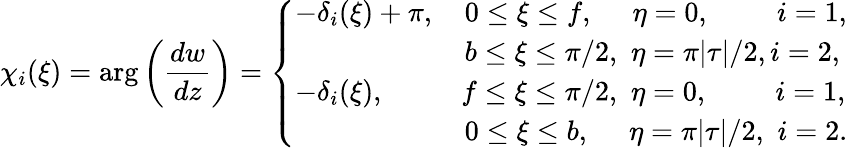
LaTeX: \chi_{i}(\xi)=\arg\left(\frac{dw}{dz}\right)=\left\{ {\begin{array}{l}{-\delta_{i}(\xi)+\pi,\quad 0\leq\xi\leq f,\quad\, \, \eta=0,\quad\quad\, \, i=1,}\\ {\qquad\qquad\qquad b\leq\xi\leq\pi/2,\, \, \eta=\pi|\tau|/2,i=2,}\\ {-\delta_{i}(\xi),\quad\quad\, \, \, \, f\leq\xi\leq\pi/2,\, \, \eta=0,\quad\quad\, \, i=1,}\\ {\qquad\qquad\qquad 0\leq\xi\leq b,\, \, \quad\eta=\pi|\tau|/2,\, \, i=2.}\end{array}}\right.